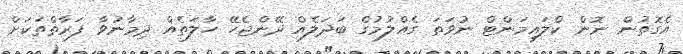
އެގޮތުން ނޮން ކްލައިމަންޓް ނުވަތަ ގެއްލުމުގެ ބަދަލެއް ދޭންޖެހޭ ހާލަތެއް ދިމާނުވާ ފަރާތްތަކަށް